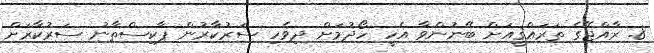
8. ރާއްޖޭގެ ތަރައްޤީއަށް ބޭނުންވާ އެހީ ހޯދުމަށް ދިވެހި ސަރުކާރުން ޕާކިސްތާނު ސަރުކާރަށް